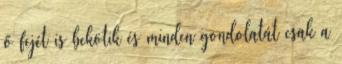
ő fejét is bekötik és minden gondolatát csak a